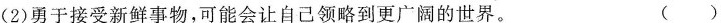
(2)勇于接受新鲜事物，可能会让自己领略到更广阔的世界。( )